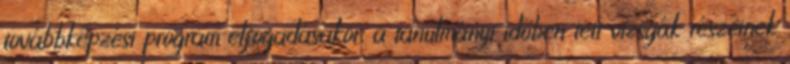
továbbképzési program elfogadásakor, a tanulmányi időben tett vizsgák részeinek